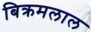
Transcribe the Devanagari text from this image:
बिक्रमलाल